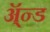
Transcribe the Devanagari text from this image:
ॲ्न्ड